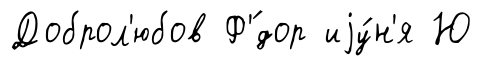
Доброл'юбов Ф'́дор иjу́н'я Ю